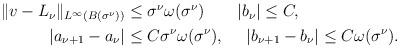
LaTeX: \begin{align*}\begin{aligned}{}\|v-L_\nu\|_{L^{\infty}(B(\sigma^\nu))}&\leq \sigma^\nu\omega(\sigma^\nu)~~~~~~|b_\nu|\leq C,\\|a_{\nu+1}-a_\nu|&\leq C\sigma^{\nu}\omega(\sigma^{\nu}),~~~~|b_{\nu+1}-b_\nu|\leq C\omega(\sigma^\nu).\end{aligned}\end{align*}